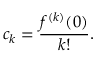
c _ { k } = { \frac { f ^ { ( k ) } ( 0 ) } { k ! } } .